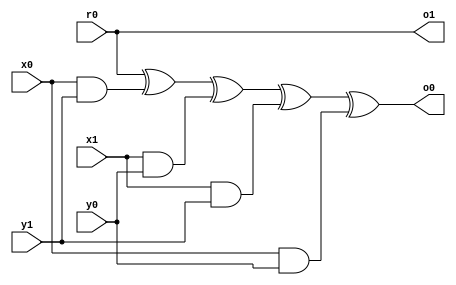
module trichina_and (
    x0, x1,
    y0, y1, 
    r0, 
    o0, o1
     );

    input [7:0] x0, x1;
    input [7:0] y0, y1;
    input [7:0] r0;
    output [7:0] o0, o1; 





    assign o0 = (((r0 ^ (x0 & y1)) ^ (x1 & y0)) ^ (x1 & y1)) ^ (x0 & y0);
    assign o1 = r0;

endmodule